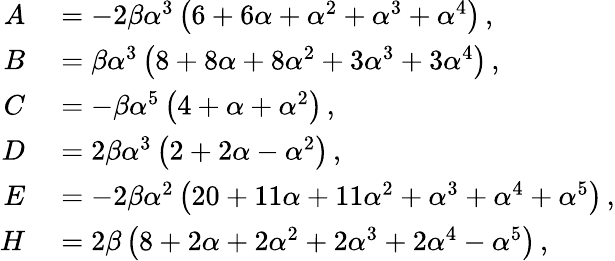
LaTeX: \begin{array}{rl}{A}&{{}=-2\beta\alpha^{3}\left(6+6\alpha+\alpha^{2}+\alpha^{3}+\alpha^{4}\right)\, ,}\\ {B}&{{}=\beta\alpha^{3}\left(8+8\alpha+8\alpha^{2}+3\alpha^{3}+3\alpha^{4}\right)\, ,}\\ {C}&{{}=-\beta\alpha^{5}\left(4+\alpha+\alpha^{2}\right)\, ,}\\ {D}&{{}=2\beta\alpha^{3}\left(2+2\alpha-\alpha^{2}\right)\, ,}\\ {E}&{{}=-2\beta\alpha^{2}\left(20+11\alpha+11\alpha^{2}+\alpha^{3}+\alpha^{4}+\alpha^{5}\right)\, ,}\\ {H}&{{}=2\beta\left(8+2\alpha+2\alpha^{2}+2\alpha^{3}+2\alpha^{4}-\alpha^{5}\right)\, ,}\end{array}